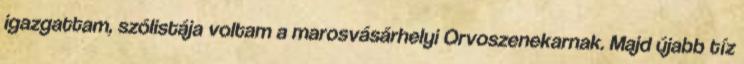
igazgattam, szólistája voltam a marosvásárhelyi Orvoszenekarnak. Majd újabb tíz